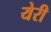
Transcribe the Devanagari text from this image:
येरी